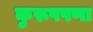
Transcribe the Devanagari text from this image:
कुरूपपणा